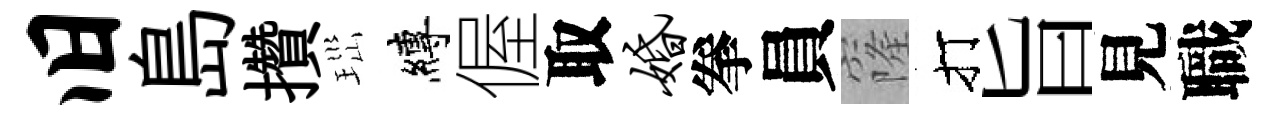
旧島攢𤤼縛偓取婚拳員窿打旨見職